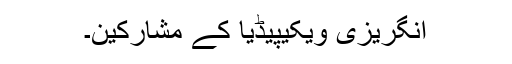
انگریزی ویکیپیڈیا کے مشارکین۔